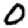
Digit: 0